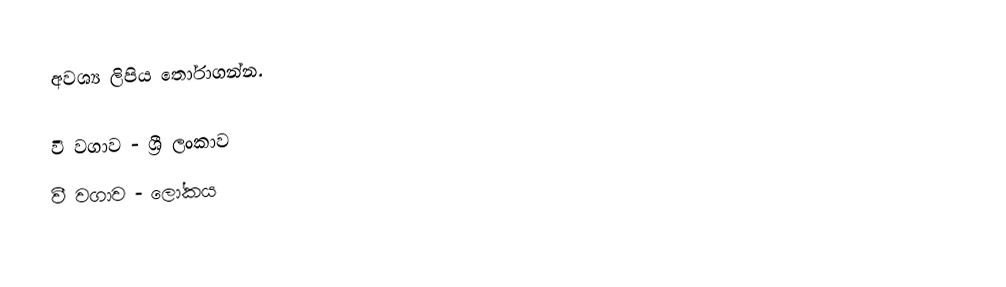
අවශ්‍ය ලිපිය තෝරාගන්න.

වී වගාව - ශ්‍රී ලංකාව
වී වගාව - ලෝකය